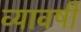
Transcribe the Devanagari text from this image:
व्यावर्षी